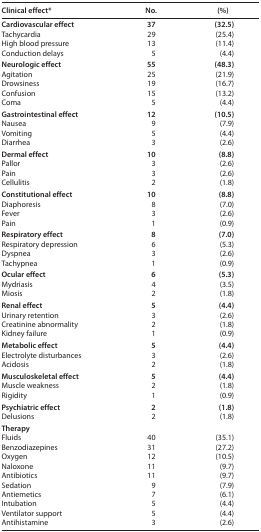
<table><thead><tr><td><b>Clinical effect*</b></td><td><b>No.</b></td><td><b>(%)</b></td></tr></thead><tbody><tr><td><b>Cardiovascular effect</b></td><td><b>37</b></td><td><b>(32.5)</b></td></tr><tr><td>Tachycardia</td><td>29</td><td>(25.4)</td></tr><tr><td>High blood pressure</td><td>13</td><td>(11.4)</td></tr><tr><td>Conduction delays</td><td>5</td><td>(4.4)</td></tr><tr><td><b>Neurologic effect</b></td><td><b>55</b></td><td><b>(48.3)</b></td></tr><tr><td>Agitation</td><td>25</td><td>(21.9)</td></tr><tr><td>Drowsiness</td><td>19</td><td>(16.7)</td></tr><tr><td>Confusion</td><td>15</td><td>(13.2)</td></tr><tr><td>Coma</td><td>5</td><td>(4.4)</td></tr><tr><td><b>Gastrointestinal effect</b></td><td><b>12</b></td><td><b>(10.5)</b></td></tr><tr><td>Nausea</td><td>9</td><td>(7.9)</td></tr><tr><td>Vomiting</td><td>5</td><td>(4.4)</td></tr><tr><td>Diarrhea</td><td>3</td><td>(2.6)</td></tr><tr><td><b>Dermal effect</b></td><td><b>10</b></td><td><b>(8.8)</b></td></tr><tr><td>Pallor</td><td>3</td><td>(2.6)</td></tr><tr><td>Pain</td><td>3</td><td>(2.6)</td></tr><tr><td>Cellulitis</td><td>2</td><td>(1.8)</td></tr><tr><td><b>Constitutional effect</b></td><td><b>10</b></td><td><b>(8.8)</b></td></tr><tr><td>Diaphoresis</td><td>8</td><td>(7.0)</td></tr><tr><td>Fever</td><td>3</td><td>(2.6)</td></tr><tr><td>Pain</td><td>1</td><td>(0.9)</td></tr><tr><td><b>Respiratory effect</b></td><td><b>8</b></td><td><b>(7.0)</b></td></tr><tr><td>Respiratory depression</td><td>6</td><td>(5.3)</td></tr><tr><td>Dyspnea</td><td>3</td><td>(2.6)</td></tr><tr><td>Tachypnea</td><td>1</td><td>(0.9)</td></tr><tr><td><b>Ocular effect</b></td><td><b>6</b></td><td><b>(5.3)</b></td></tr><tr><td>Mydriasis</td><td>4</td><td>(3.5)</td></tr><tr><td>Miosis</td><td>2</td><td>(1.8)</td></tr><tr><td><b>Renal effect</b></td><td><b>5</b></td><td><b>(4.4)</b></td></tr><tr><td>Urinary retention</td><td>3</td><td>(2.6)</td></tr><tr><td>Creatinine abnormality</td><td>2</td><td>(1.8)</td></tr><tr><td>Kidney failure</td><td>1</td><td>(0.9)</td></tr><tr><td><b>Metabolic effect</b></td><td><b>5</b></td><td><b>(4.4)</b></td></tr><tr><td>Electrolyte disturbances</td><td>3</td><td>(2.6)</td></tr><tr><td>Acidosis</td><td>2</td><td>(1.8)</td></tr><tr><td><b>Musculoskeletal effect</b></td><td><b>5</b></td><td><b>(4.4)</b></td></tr><tr><td>Muscle weakness</td><td>2</td><td>(1.8)</td></tr><tr><td>Rigidity</td><td>1</td><td>(0.9)</td></tr><tr><td><b>Psychiatric effect</b></td><td><b>2</b></td><td><b>(1.8)</b></td></tr><tr><td>Delusions</td><td>2</td><td>(1.8)</td></tr><tr><td colspan="3"><b>Therapy</b></td></tr><tr><td>Fluids</td><td>40</td><td>(35.1)</td></tr><tr><td>Benzodiazepines</td><td>31</td><td>(27.2)</td></tr><tr><td>Oxygen</td><td>12</td><td>(10.5)</td></tr><tr><td>Naloxone</td><td>11</td><td>(9.7)</td></tr><tr><td>Antibiotics</td><td>11</td><td>(9.7)</td></tr><tr><td>Sedation</td><td>9</td><td>(7.9)</td></tr><tr><td>Antiemetics</td><td>7</td><td>(6.1)</td></tr><tr><td>Intubation</td><td>5</td><td>(4.4)</td></tr><tr><td>Ventilator support</td><td>5</td><td>(4.4)</td></tr><tr><td>Antihistamine</td><td>3</td><td>(2.6)</td></tr></tbody></table>